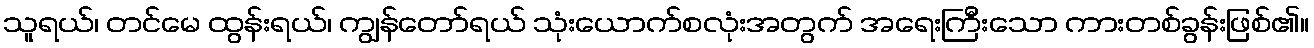
သူရယ်၊ တင်မေ ထွန်းရယ်၊ ကျွန်တော်ရယ် သုံးယောက်စလုံးအတွက် အရေးကြီးသော ကားတစ်ခွန်းဖြစ်၏။